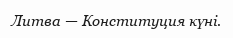
Литва — Конституция күні.